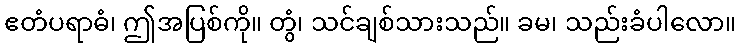
ဧတံပရာဓံ၊ ဤအပြစ်ကို။ တွံ၊ သင်ချစ်သားသည်။ ခမ၊ သည်းခံပါလော။